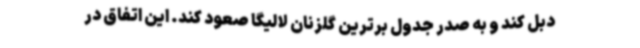
دبل کند و به صدر جدول برترین گلزنان لالیگا صعود کند. این اتفاق در